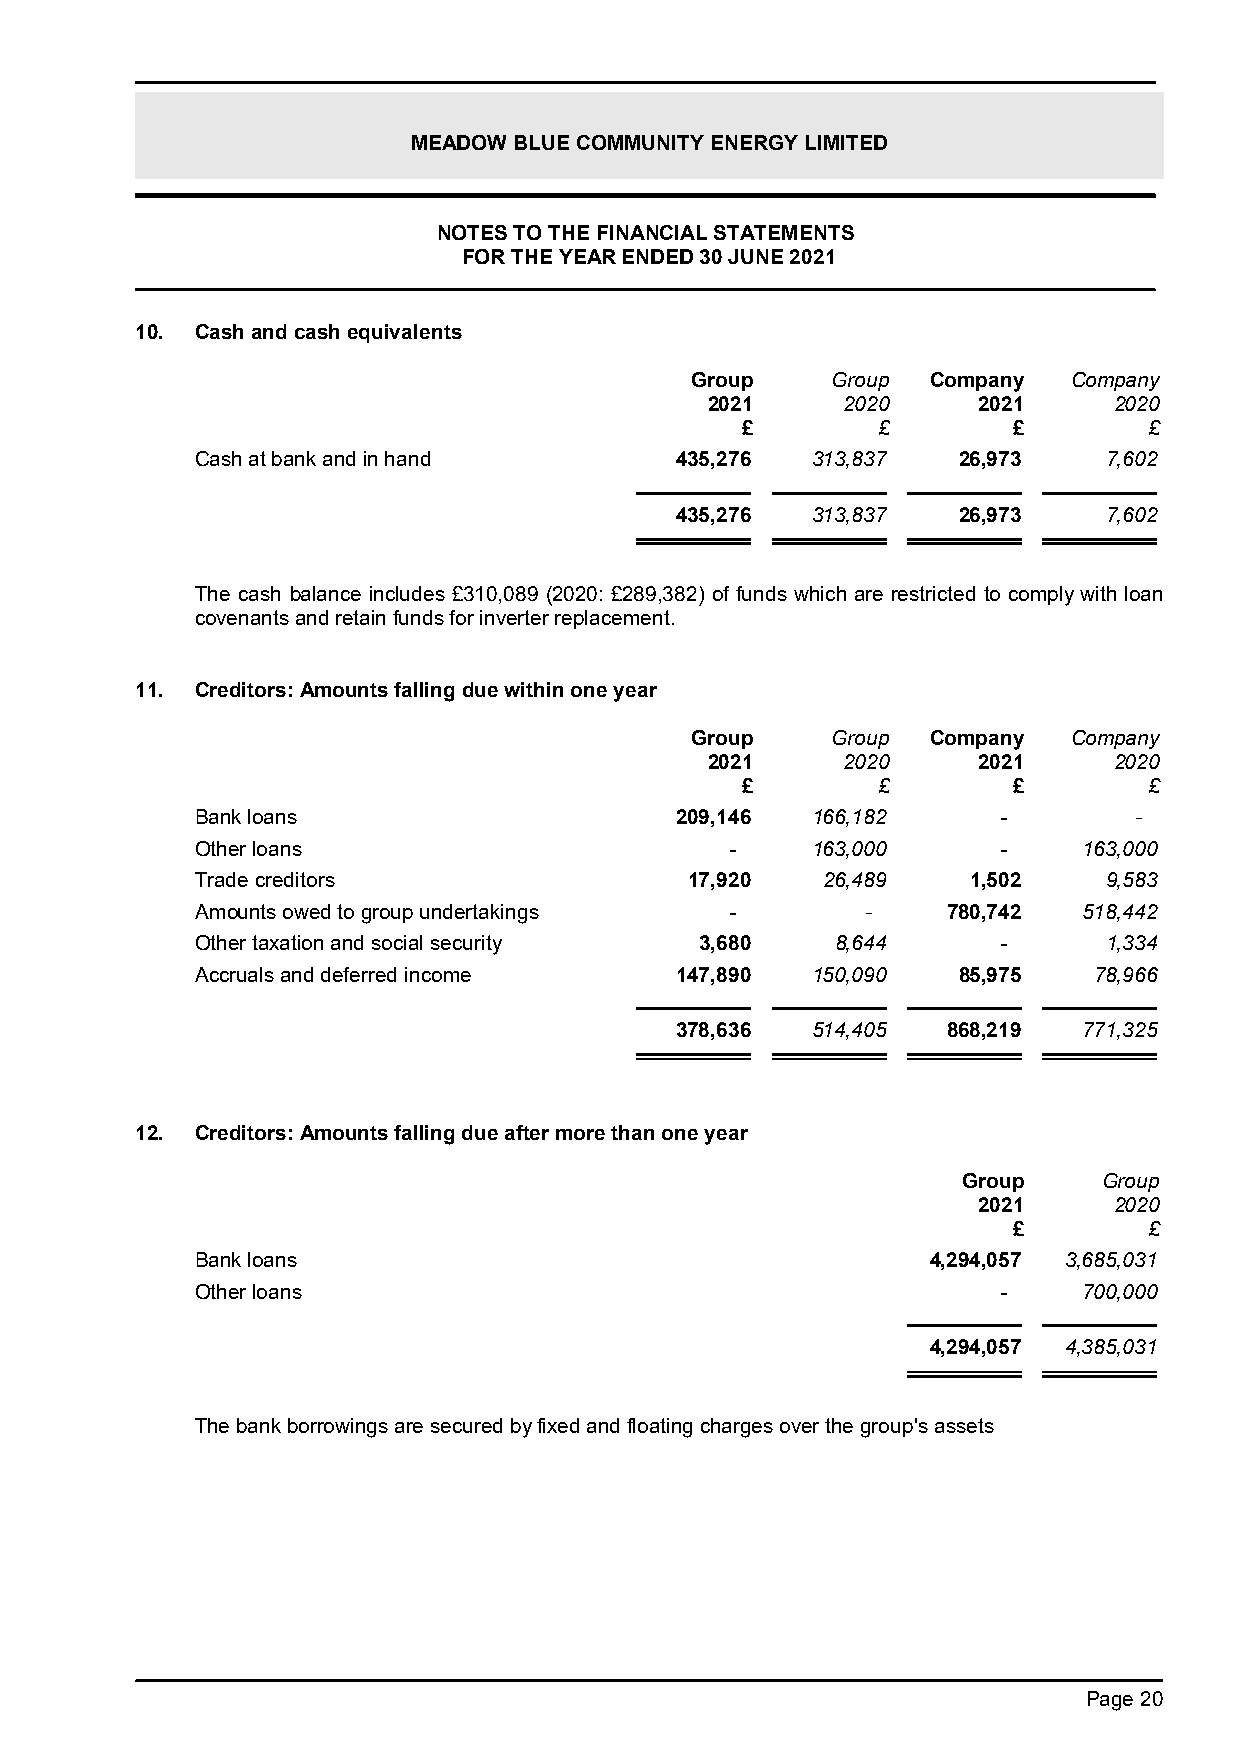
MEADOW BLUE COMMUNITY ENERGY LIMITED
 NOTES TO THE FINANCIAL STATEMENTS
 FOR THE YEAR ENDED 30 JUNE 2021
 10. Cash and cash equivalents
 Group    Group  Company  Company
 2021     2020     2021     2020
 £        £        £        £
 Cash at bank and in hand        435,276  313,837  26,973    7,602
 435,276  313,837  26,973    7,602
 The cash balance includes £310,089 (2020: £289,382) of funds which are restricted to comply with loan
 covenants and retain funds for inverter replacement.
 11. Creditors: Amounts falling due within one year
 Group    Group  Company  Company
 2021     2020     2021     2020
 £        £        £        £
 Bank loans                      209,146  166,182     -        -
 Other loans                        -     163,000     -     163,000
 Trade creditors                  17,920  26,489    1,502    9,583
 Amounts owed to group undertakings -        -     780,742  518,442
 Other taxation and social security 3,680  8,644      -      1,334
 Accruals and deferred income    147,890  150,090  85,975   78,966
 378,636  514,405  868,219  771,325
 12. Creditors: Amounts falling due after more than one year
 Group    Group
 2021     2020
 £        £
 Bank loans                                       4,294,057 3,685,031
 Other loans                                          -     700,000
 4,294,057 4,385,031
 The bank borrowings are secured by fixed and floating charges over the group's assets
 Page 20